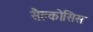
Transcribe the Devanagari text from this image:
सैक्लोसिस